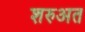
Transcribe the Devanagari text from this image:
शरुअत